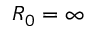
R _ { 0 } = \infty